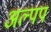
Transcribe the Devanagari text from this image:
अल्पप